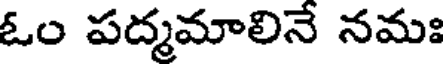
ఓం పద్మమాలినే నమః